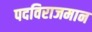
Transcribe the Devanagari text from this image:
पदविराजमान